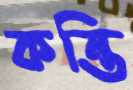
কন্তি